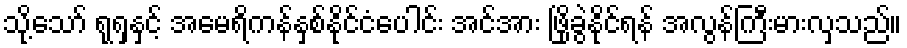
သို့သော် ရုရှနှင့် အမေရိကန်နှစ်နိုင်ငံပေါင်း အင်အား ဖြိုခွဲနိုင်ရန် အလွန်ကြီးမားလှသည်။